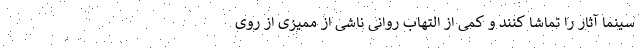
سینما آثار را تماشا کنند و کمی از التهاب روانی ناشی از ممیزی از روی